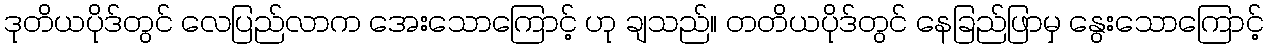
ဒုတိယပိုဒ်တွင် လေပြည်လာက အေးသောကြောင့် ဟု ချသည်။ တတိယပိုဒ်တွင် နေခြည်ဖြာမှ နွေးသောကြောင့်